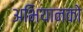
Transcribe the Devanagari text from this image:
अभियानको